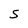
Character: S